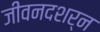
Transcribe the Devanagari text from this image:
जीवनदशर्न